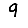
Digit: 9